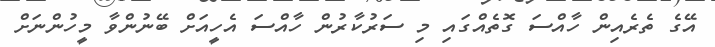
އޭގެ ތެރެއިން ހާއްސަ ގޮތެއްގައި މި ސަރުކާރުން ހާއްސަ އެހީއަށް ބޭނުންވާ މީހުންނަށް